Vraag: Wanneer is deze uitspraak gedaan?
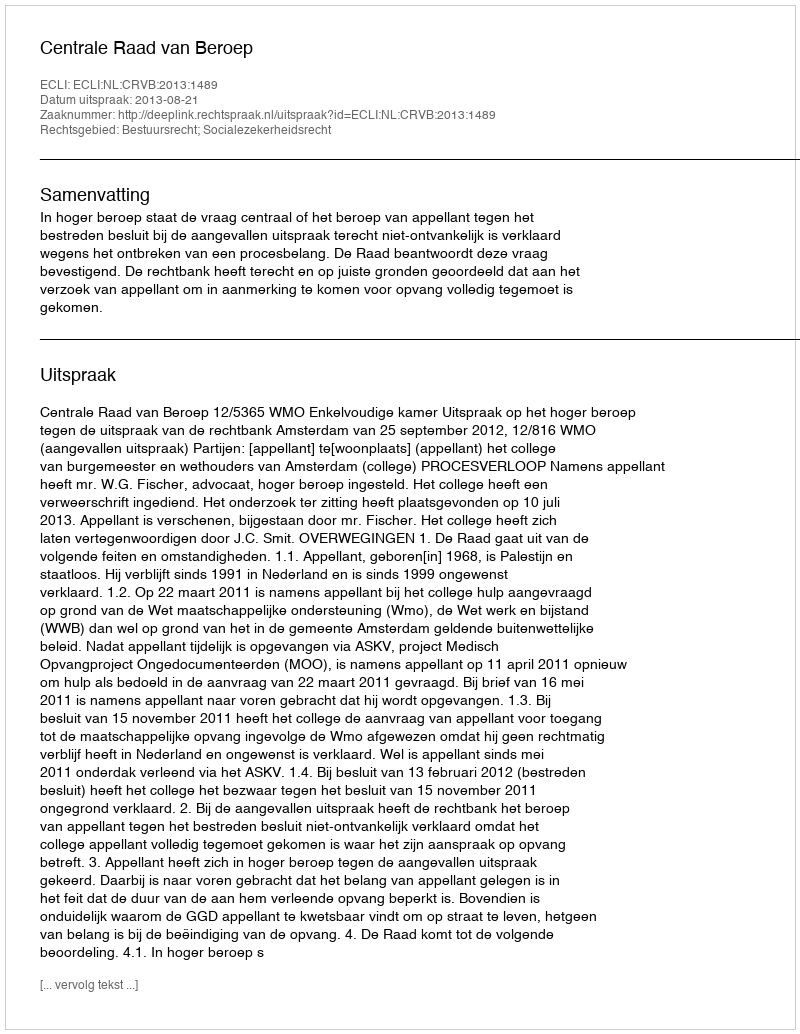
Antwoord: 2013-08-21